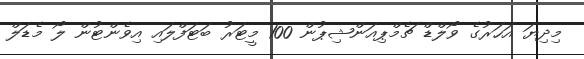
މިދިޔަ އަހަރުގެ ވޯލްޑް ޗެމްޕިއަންޝިޕުން 100 މީޓަރު ބަޓަފްލައި އިވެންޓުން ލޯ މެޑަލް